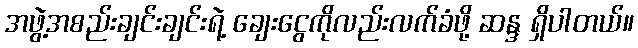
အဖွဲ့အစည်းချင်းချင်းရဲ့ ချေးငွေကိုလည်းလက်ခံဖို့ ဆန္ဒ ရှိပါတယ်။